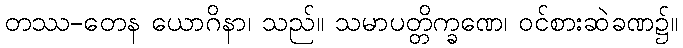
တဿ-တေန ယောဂိနာ၊ သည်။ သမာပတ္တိက္ခဏေ၊ ဝင်စားဆဲခဏ၌။